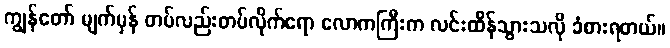
ကျွန်တော် မျက်မှန် တပ်လည်းတပ်လိုက်ရော လောကကြီးက လင်းထိန်သွားသလို ခံစားရတယ်။